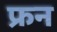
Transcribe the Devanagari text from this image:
फ्रन